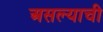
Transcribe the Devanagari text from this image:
असल्‍याची